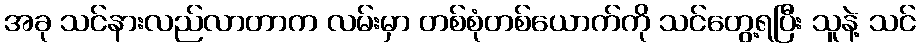
အခု သင်နားလည်လာတာက လမ်းမှာ တစ်စုံတစ်ယောက်ကို သင်တွေ့ရပြီး သူနဲ့ သင်